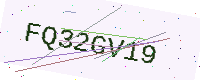
Text: FQ32GV19